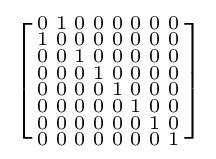
\left[{\begin{smallmatrix}0&1&0&0&0&0&0&0\\1&0&0&0&0&0&0&0\\0&0&1&0&0&0&0&0\\0&0&0&1&0&0&0&0\\0&0&0&0&1&0&0&0\\0&0&0&0&0&1&0&0\\0&0&0&0&0&0&1&0\\0&0&0&0&0&0&0&1\end{smallmatrix}}\right]